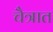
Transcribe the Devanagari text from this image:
चैत्रात